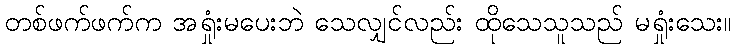
တစ်ဖက်ဖက်က အရှုံးမပေးဘဲ သေလျှင်လည်း ထိုသေသူသည် မရှုံးသေး။